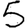
Digit: 5